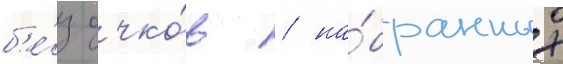
б'е́з очко́в / на́бранных